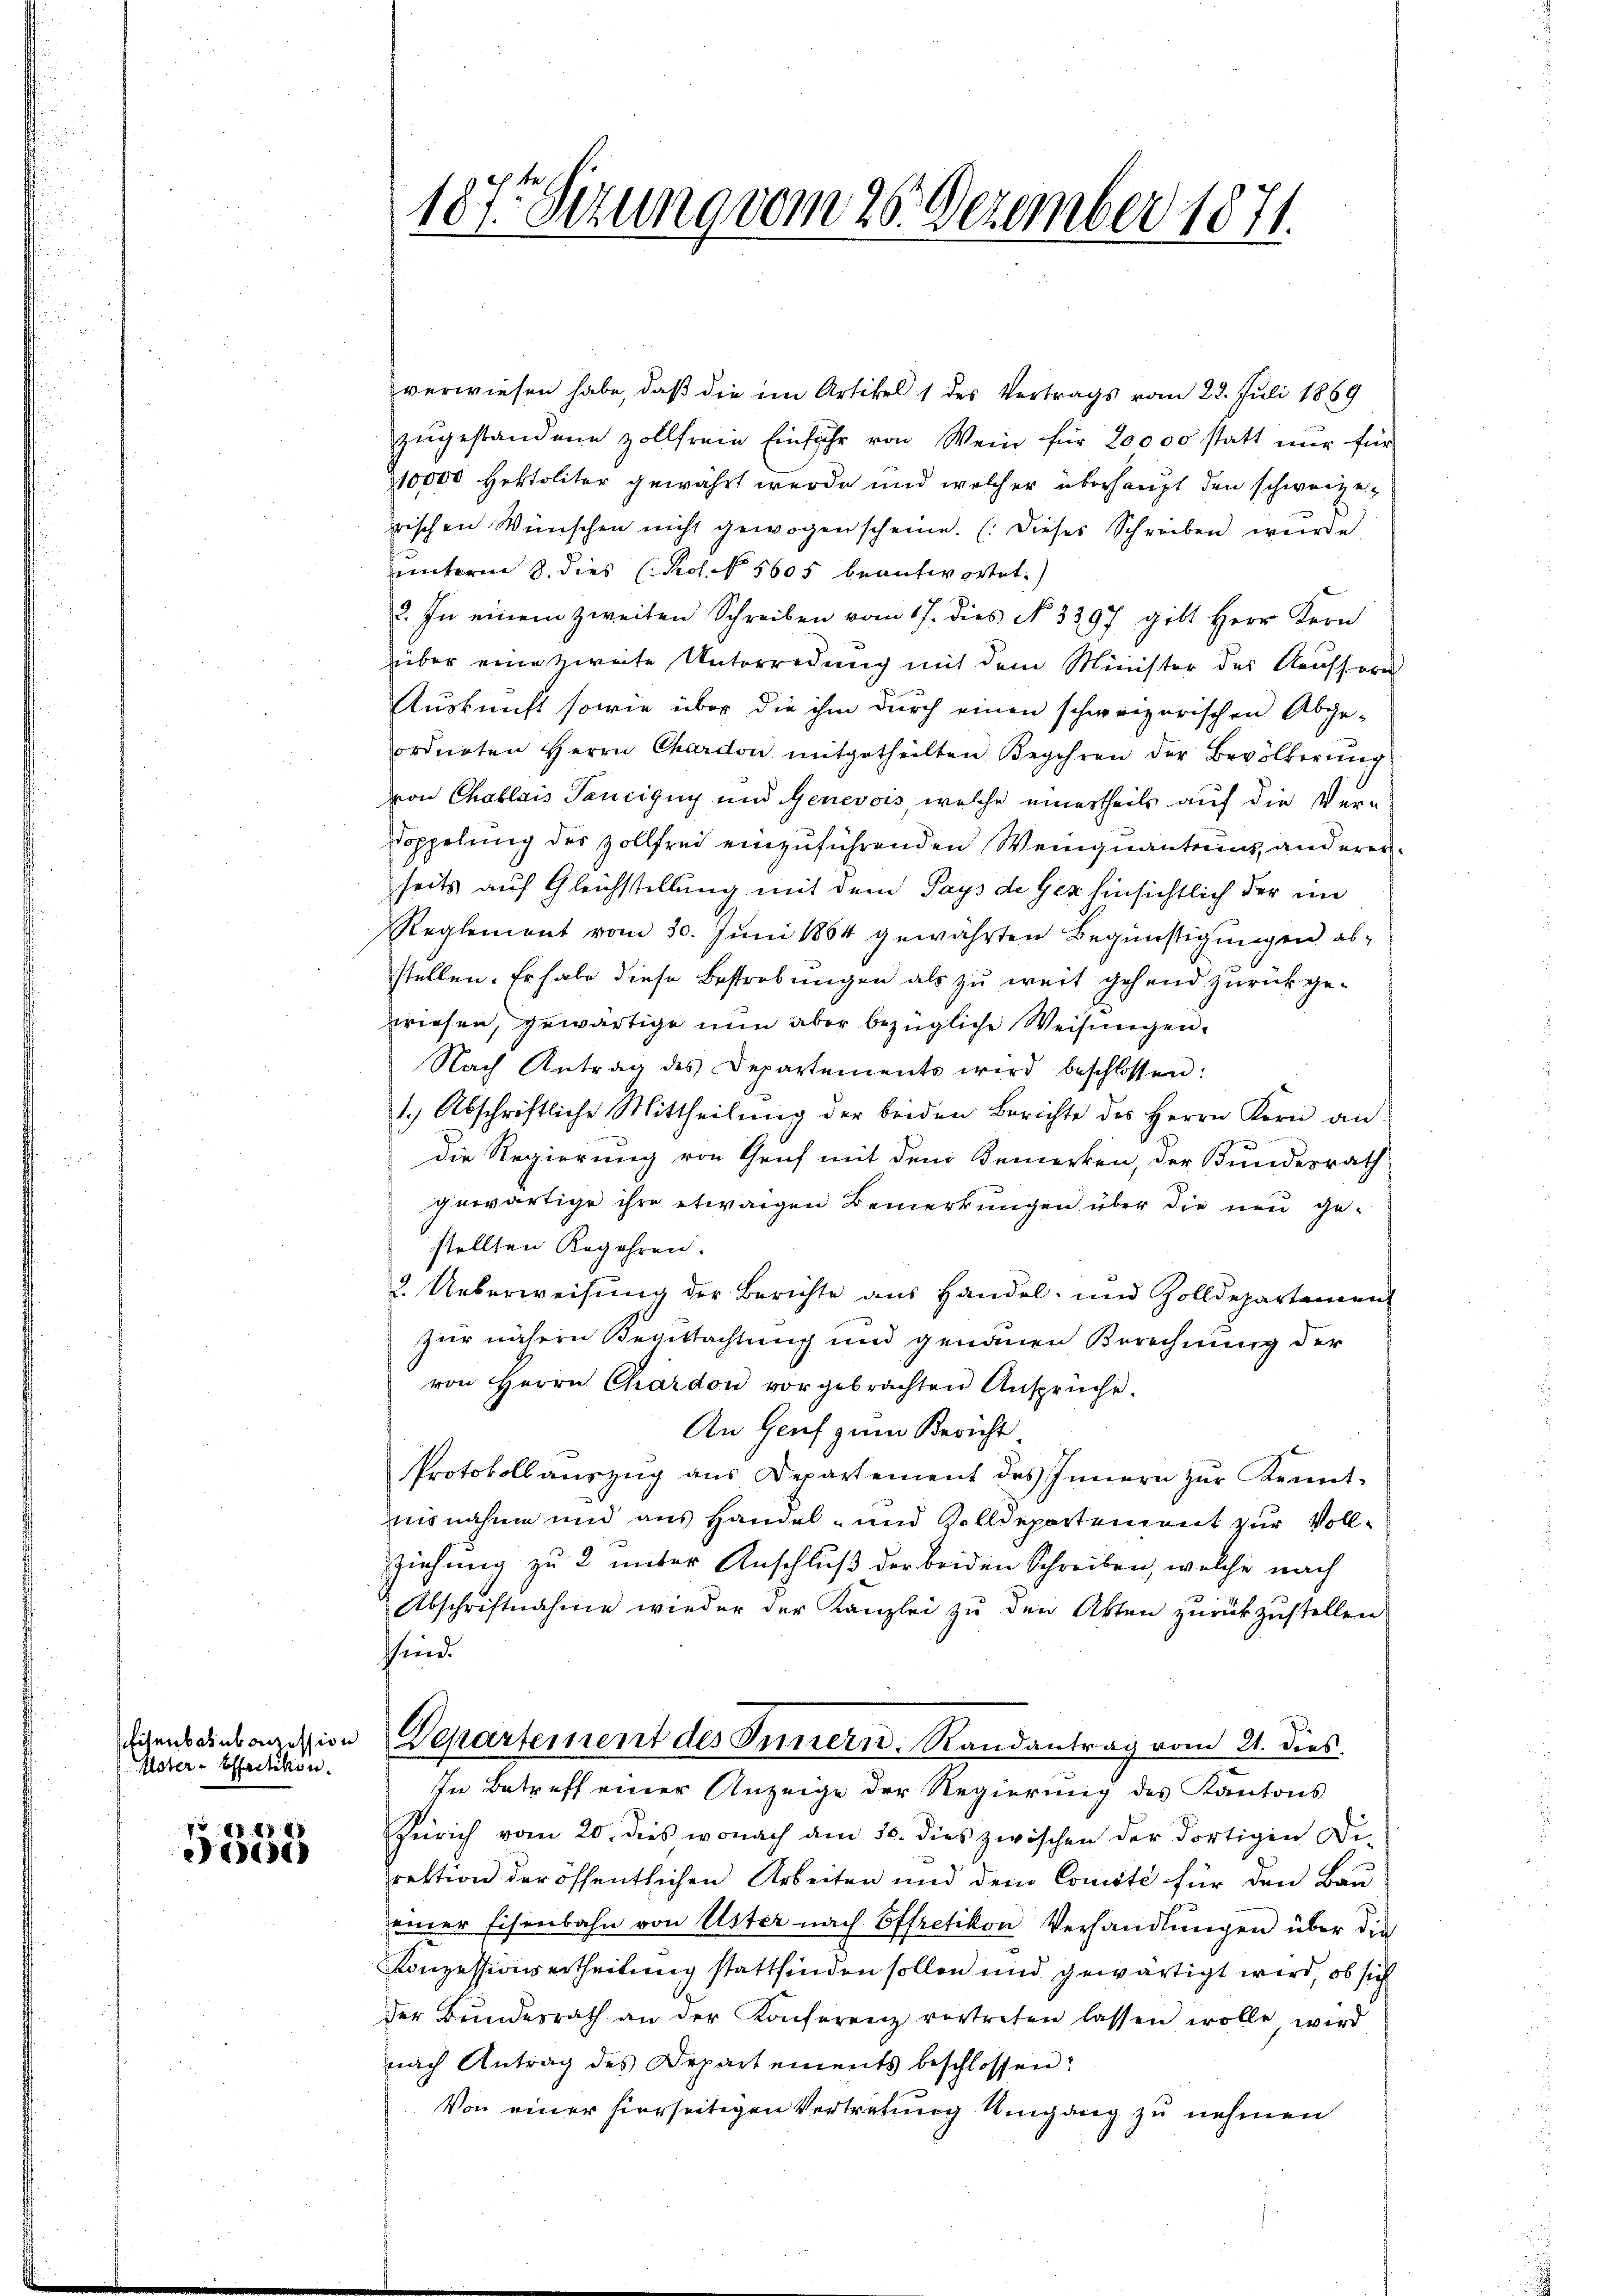
Eisenbahnbocession
Uster-Oetikon.

788. 1888
13)

187. Sitzung vom 26. Dezember 1871.

verwiesen habe, daß die im Artikel 1 des Vertrags vom 28. Juli 1869
zŭgestandene zollfreie Einfuhr von Wein für 20000 statt nur für
10,000 Hektoliter gewährt werde und welcher überhaupt den schweizerischen Wünschen nicht gewogen scheine. (dieses Schreiben würde
unterm 8. dies (Pol. N 5605 beantwortet.
c. In einem zweiten Schreiben vom 17. dies No. 3397 gibt Herr Kern
über eine zweite Unterredung mit dem Minister des Kaufherr
Auskunft sowie über die ihm durch einen schweizerischen Abge-
ordneten Herrn Chardon mitgetheilten Begehren der Bevölkerŭng
von Chablais Taucigny und Genevois, welche einertheils auf die Ver¬
Doppelung des Zollfrei einzuführenden Weinquantenz, anderen
seits auf Gleichstellung mit dem Pays de Gex hinsichtlich der im
Reglement vom 30. Juni 1864 gewährten Begünstigungen abstellen. Er habe diese Bestrebungen als zu weit gehend zurückgewiesen, gewärtige nun aber bezügliche Weisungen.
Nach Antrag des Departements wird beschlossen:
1.) Abschriftliche Mittheilŭng der beiden Berichte des Herrn Kern an
die Regierung von Gruf mit dem Bemerken, der Bundesrath
gewärtige ihre etwaigen Bemerkungen über die neu gestellten Regehren.
2. Ueberweisung der Berichte aus Handel- und Zolldepartement
zur nähern Begutachtung und genauen Berechnung der
von Herrn Chardon vorgebrachten Ansprüche.
An Genf zum Bericht
Protokoll aŭszŭg ans Departement des Innern zŭr Kennt-
nisnahme und aus Handel- und Zolldepartement zur Voll-
ziehung zu 2 unter Anschluß der beiden Schreiben, welche nach
Abschriftnahme wieder der Kanzlei zŭ den Akten zŭrückzŭstellen
sind.
Departement des Innern. Randantrag vom 21. dies
In Betreff einer Anzeige der Regierung des Kantons
Zürich vom 20. dies wonach am 30. dies zwischen der dortigen Di-
rektion der öffentlichen Arbeiten und dem Comisté für den Bau
einer Eisenbahn von Uster nach Effretikon Verhandlŭngen über die
Konzessionsertheilung stattfinden sollen und gewärtigt wird, ob sich
der Bŭndesrath an der Konferenz vortreten lassen wolle wird
nach Antrag des Departements beschlossen:
Von einer hierseitigen Vertretung Umgang zu nehmen